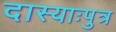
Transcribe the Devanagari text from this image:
दास्याःपुत्र